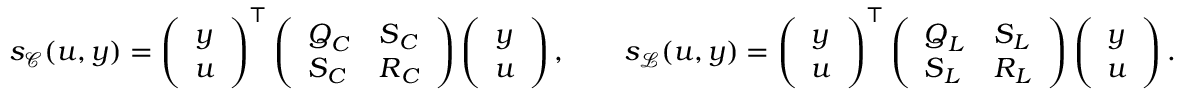
\begin{array} { r } { s _ { \mathcal { C } } ( u , y ) = \left( \begin{array} { l } { y } \\ { u } \end{array} \right) ^ { \top } \left( \begin{array} { l l } { \boldsymbol { Q } _ { C } } & { \boldsymbol { S } _ { C } } \\ { \boldsymbol { S } _ { C } } & { \boldsymbol { R } _ { C } } \end{array} \right) \left( \begin{array} { l } { y } \\ { u } \end{array} \right) , \qquad s _ { \mathcal { L } } ( u , y ) = \left( \begin{array} { l } { y } \\ { u } \end{array} \right) ^ { \top } \left( \begin{array} { l l } { \boldsymbol { Q } _ { L } } & { \boldsymbol { S } _ { L } } \\ { \boldsymbol { S } _ { L } } & { \boldsymbol { R } _ { L } } \end{array} \right) \left( \begin{array} { l } { y } \\ { u } \end{array} \right) . } \end{array}